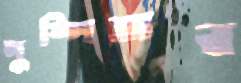
পুষ্পিতার